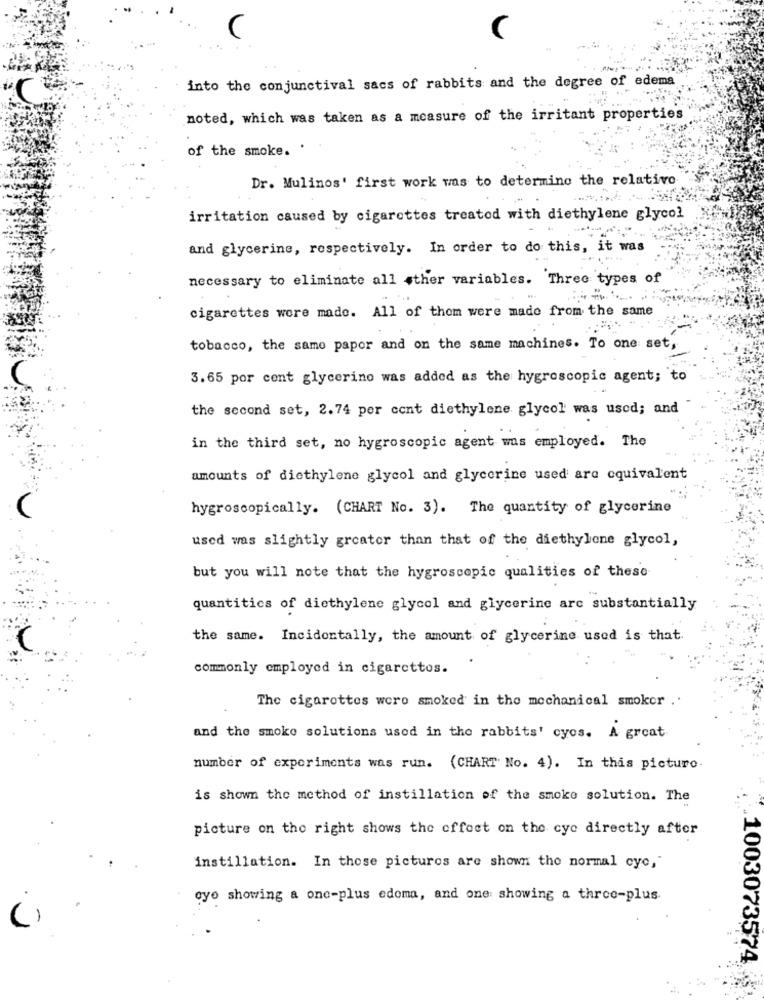
into the conjunctival sacs of rabbits and the degree of edema
noted, which was taken as a measure of the irritant properties
of the smoke. .
Dr. Mulinos' first work was to determine the relativo
irritation caused by cigarettes treated with diethylene glycol
and glycerine, respectively. In order to do this, it was
necessary to eliminate all sther variables. Three types of
--
cigarettes wore made. All of them were made from the same
tobacco, the same paper and on the same machines. To one set,
3.65 por cent glycerino was added as the hygroscopic agent; to
the second set, 2.74 per cent diethylene glycol was used; and
in the third set, no hygroscopic agent was employed. The
amounts of diethylene glycol and glycerine used are equivalent
hygroscopically. (CHART No. 3). The quantity of glycerine
used was slightly greater than that of the diethylene glycol,
but you will note that the hygroscopic qualities of these
quantities of diethylene glycol and glycerine arc substantially
the same. Incidentally, the amount of glycerine used is that.
commonly employed in cigarettes.
The cigarettes were smoked in the mechanical smoker ..
and the smoke solutions used in the rabbits' cyos. A great
number of experiments was run. (CHART No. 4). In this picture-
is shown the method of instillation of the smoke solution. The
picture on the right shows the effect on the cye directly after
instillation. In those pictures are shown the normal cye,"
oyo showing a one-plus edoma, and one: showing a three-plus
()
1003073574